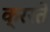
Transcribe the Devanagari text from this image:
क्ररते